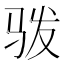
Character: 𩧯